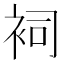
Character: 𧙈